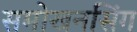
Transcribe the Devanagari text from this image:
समोखनसिंग